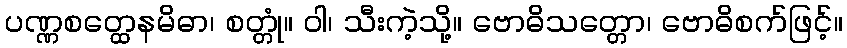
ပဏ္ဏစတ္ထေနမိဓာ၊ စတ္တုံ။ ဝါ၊ သီးကဲ့သို့။ ဗောဓိသတ္တော၊ ဗောဓိစက်ဖြင့်။